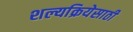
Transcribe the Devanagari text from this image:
शल्यक्रियेसाठी